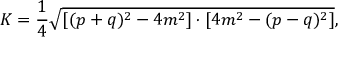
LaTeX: K = { \frac { 1 } { 4 } } { \sqrt { [ ( p + q ) ^ { 2 } - 4 m ^ { 2 } ] \cdot [ 4 m ^ { 2 } - ( p - q ) ^ { 2 } ] } } ,